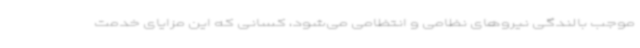
موجب بالندگی نیروهای نظامی و انتظامی می‌شود، کسانی که این مزایای خدمت